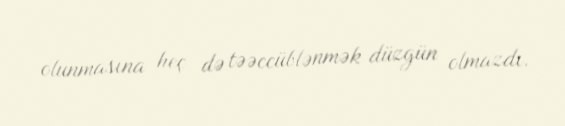
olunmasına heç də təəccüblənmək düzgün olmazdı.